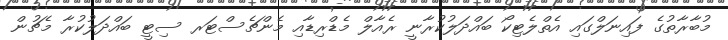
މުބާރާތުގެ ފައިނަލްގައި އެތްލެޓިކޯ ބައްދަލުކުރާނީ ރެއާލް މެޑްރިޑާއި މެންޗެސްޓަރ ސިޓީ ބައްދަލުކުރާ މެޗުން